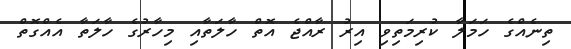
ތިނެއްގެ ހަމަލާ ކުރިމަތިވި އިރު ރާއްޖެ އޮތް ހާލަތާއި މިހާރުގެ ހާލަތާ އެއްގޮތް